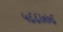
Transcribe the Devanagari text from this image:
५६६७७६